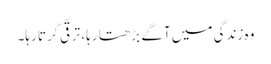
وہ زندگی میں آگے بڑھتا رہا، ترقّی کرتا رہا۔